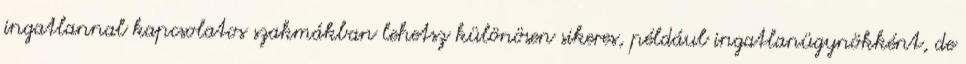
ingatlannal kapcsolatos szakmákban lehetsz különösen sikeres, például ingatlanügynökként, de